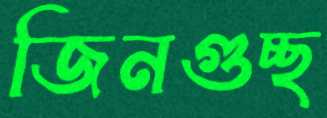
জিনগুচ্ছ